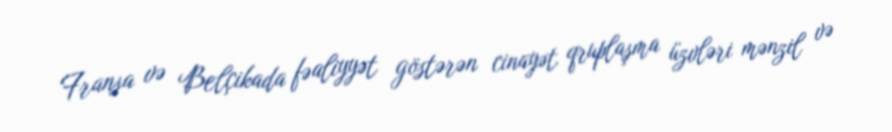
Fransa və Belçikada fəaliyyət göstərən cinayət qruplaşma üzvləri mənzil və